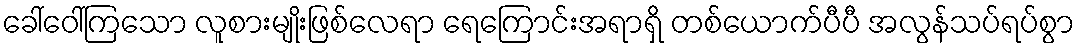
ခေါ်ဝေါ်ကြသော လူစားမျိုးဖြစ်လေရာ ရေကြောင်းအရာရှိ တစ်ယောက်ပီပီ အလွန်သပ်ရပ်စွာ